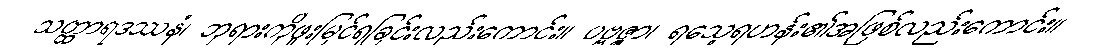
သတ္ထာရဒဿနံ၊ ဘုရားကိုဖူးမြင်ရခြင်းလည်းကောင်း။ ပဗ္ဗဇ္ဇာ၊ ရသေ့ရဟန်း၏အဖြစ်လည်းကောင်း။